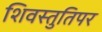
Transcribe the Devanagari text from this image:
शिवस्तुतिपर